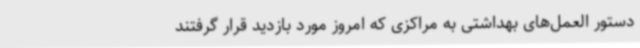
دستور العمل‌های بهداشتی به مراکزی که امروز مورد بازدید قرار گرفتند